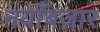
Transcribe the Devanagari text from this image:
नयाँबजार